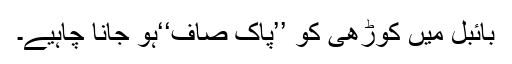
بائبل میں کوڑھی کو ’’پاک صاف‘‘ہو جانا چاہیے۔